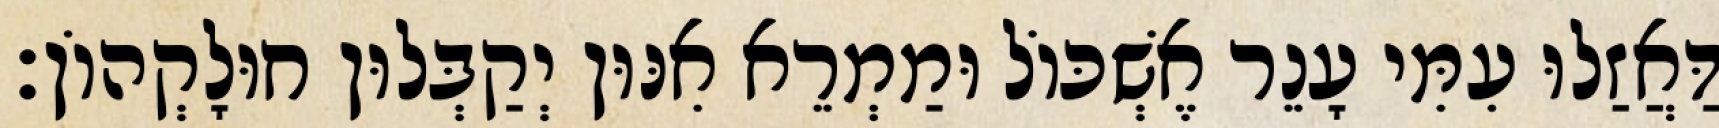
דַּאֲזַלוּ עִמִּי עָנֵר אֶשְׁכּוֹל וּמַמְרֵא אִנּוּן יְקַבְּלוּן חוּלָקְהוֹן׃